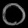
Digit: ၀